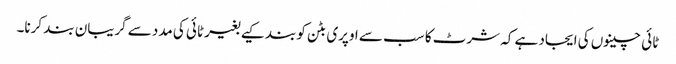
ٹائی چینوں کی ایجاد ہے کہ شرٹ کا سب سے اوپری بٹن کو بند کیے بغیر ٹائی کی مدد سے گریبان بند کرنا۔